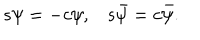
\begin{matrix} { { s \psi = - c \psi , } } & { { s \bar { \psi } = c \bar { \psi } . } } \\ \end{matrix}